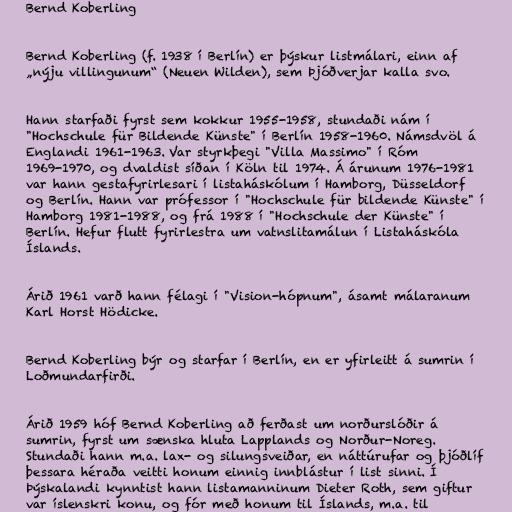
Bernd Koberling

Bernd Koberling (f. 1938 í Berlín) er þýskur listmálari, einn af
„nýju villingunum“ (Neuen Wilden), sem Þjóðverjar kalla svo.

Hann starfaði fyrst sem kokkur 1955-1958, stundaði nám í
"Hochschule für Bildende Künste" í Berlín 1958-1960. Námsdvöl á
Englandi 1961-1963. Var styrkþegi "Villa Massimo" í Róm
1969-1970, og dvaldist síðan í Köln til 1974. Á árunum 1976-1981
var hann gestafyrirlesari í listaháskólum í Hamborg, Düsseldorf
og Berlín. Hann var prófessor í "Hochschule für bildende Künste" í
Hamborg 1981-1988, og frá 1988 í "Hochschule der Künste" í
Berlín. Hefur flutt fyrirlestra um vatnslitamálun í Listaháskóla
Íslands.

Árið 1961 varð hann félagi í "Vision-hópnum", ásamt málaranum
Karl Horst Hödicke.

Bernd Koberling býr og starfar í Berlín, en er yfirleitt á sumrin í
Loðmundarfirði.

Árið 1959 hóf Bernd Koberling að ferðast um norðurslóðir á
sumrin, fyrst um sænska hluta Lapplands og Norður-Noreg.
Stundaði hann m.a. lax- og silungsveiðar, en náttúrufar og þjóðlíf
þessara héraða veitti honum einnig innblástur í list sinni. Í
Þýskalandi kynntist hann listamanninum Dieter Roth, sem giftur
var íslenskri konu, og fór með honum til Íslands, m.a. til